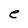
Character: e